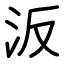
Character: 汳